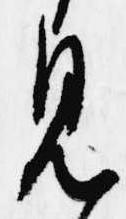
見